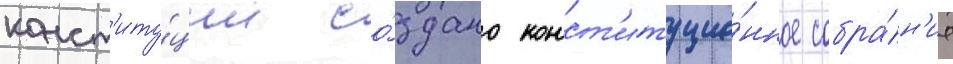
конст'иту́ции со́здано конст'итуцио́нное собра́н'ие